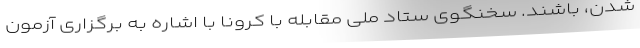
شدن، باشند. سخنگوی ستاد ملی مقابله با کرونا با اشاره به برگزاری آزمون